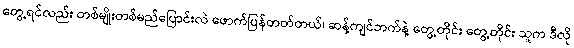
တွေ့ရင်လည်း တစ်မျိုးတစ်မည်ပြောင်းလဲ ဖောက်ပြန်တတ်တယ်၊ ဆန့်ကျင်ဘက်နဲ့ တွေ့တိုင်း တွေ့တိုင်း သူက ဒီလို